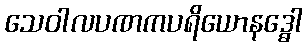
သေဝါလပဏကပရိယောနဒ္ဓေါ